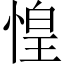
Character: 惶